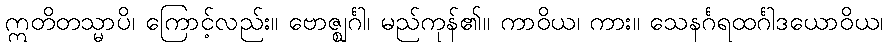
ဣတိတသ္မာပိ၊ ကြောင့်လည်း။ ဗောဇ္ဈင်္ဂါ၊ မည်ကုန်၏။ ကာဝိယ၊ ကား။ သေနင်္ဂရထင်္ဂါဒယောဝိယ၊